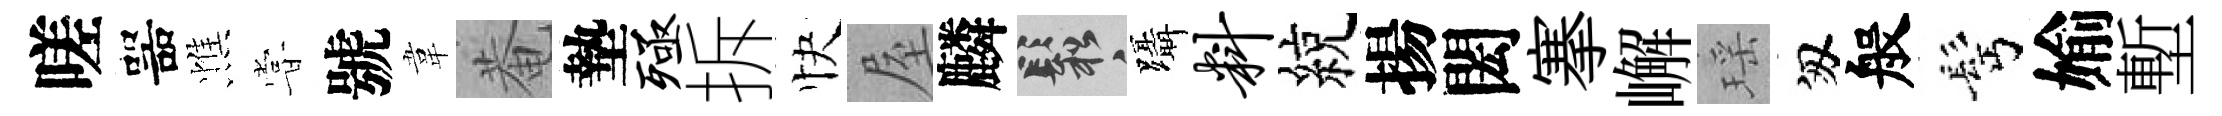
嗟噐憔甞號韋菴墊殛拆快屋麟鬆躡料綂揚閎搴嶰瑶匆般髩媮塹